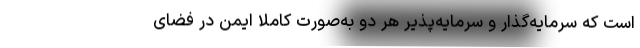
است که سرمایه‌گذار و سرمایه‌پذیر هر دو به‌صورت کاملاً ایمن در فضای